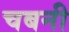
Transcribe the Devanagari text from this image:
चबनी